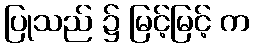
ပြုသည် ၌ မြင့်မြင့် က